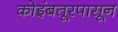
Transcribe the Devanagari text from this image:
कोइंबतूरपासून